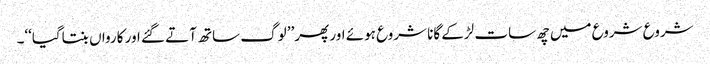
شروع شروع میں چھ سات لڑکے گانا شروع ہوئے اور پھر’’ لوگ ساتھ آتے گئے اور کارواں بنتاگیا‘‘۔